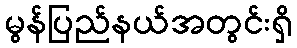
မွန်ပြည်နယ်အတွင်းရှိ